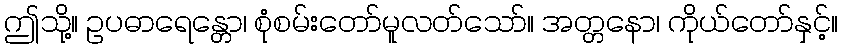
ဤသို့။ ဥပဓာရေန္တော၊ စုံစမ်းတော်မူလတ်သော်။ အတ္တနော၊ ကိုယ်တော်နှင့်။